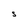
Character: S